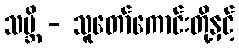
သဗ္ဘိ - သူတော်ကောင်းတို့နှင့်